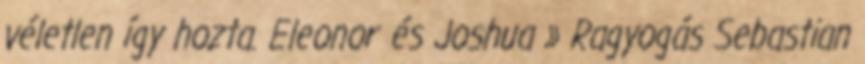
véletlen így hozta. Eleonor és Joshua » Ragyogás Sebastian